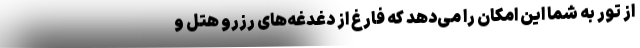
از تور به شما این امکان را می‌دهد که فارغ از دغدغه‌های رزرو هتل و